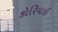
કોરિયાઈ